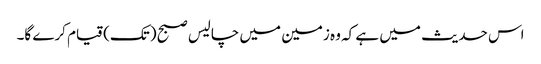
اس حدیث میں ہے کہ وہ زمین میں چالیس صبح (تک) قیام کرے گا۔